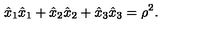
\hat { x } _ { 1 } \hat { x } _ { 1 } + \hat { x } _ { 2 } \hat { x } _ { 2 } + \hat { x } _ { 3 } \hat { x } _ { 3 } = \rho ^ { 2 } .